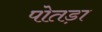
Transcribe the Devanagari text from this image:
पोतड़ा